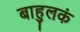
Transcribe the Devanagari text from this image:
बाहुलकं